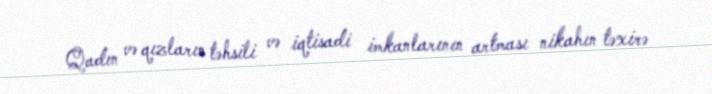
Qadın və qızların təhsili və iqtisadi imkanlarının artması nikahın təxirə